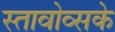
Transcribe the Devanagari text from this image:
स्तावोव्सके